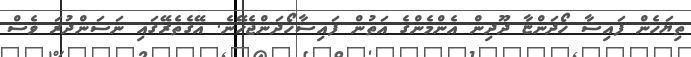
ތިޔަހެން ފައިސާ ހޯދަންޏާ ދޫދިން އެންމެންގެ އަތުން ފައިސާހޯދަންޖެހޭނެ. އޭގެތެރޭގައި ނަސަންދުރަ ވެސް